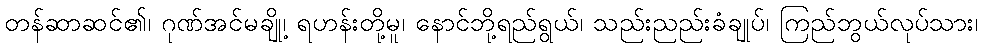
တန်ဆာဆင်၏၊ ဂုဏ်အင်မချို့၊ ရဟန်းတို့မူ၊ နောင်ဘို့ရည်ရွယ်၊ သည်းညည်းခံချုပ်၊ ကြည်ဘွယ်လုပ်သား၊